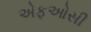
એફઓસી